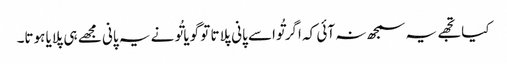
کیا تجھے یہ سمجھ نہ آئی کہ اگر تُواسے پانی پلاتا تو گویا تُو نے یہ پانی مجھے ہی پلایا ہوتا۔